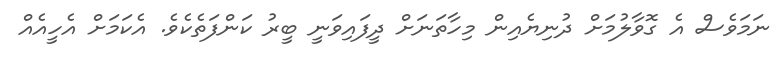
ނަމަވެސް އެ ގޮވާލުމަށް ދުނިޔެއިން މިހާތަނަށް ދީފައިވަނީ ބީރު ކަންފަތެކެވެ. އެކަމަށް އެހީއެއް